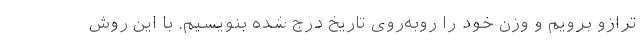
ترازو برویم و وزن خود را روبه‌روی تاریخ درج شده بنویسیم. با این روش